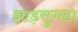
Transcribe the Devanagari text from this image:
झाड़सुगड़ा